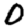
Digit: 0